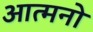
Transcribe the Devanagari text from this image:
आत्मनो